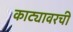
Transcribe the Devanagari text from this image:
काट्यावरची